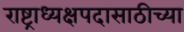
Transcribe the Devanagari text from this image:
राष्ट्राध्यक्षपदासाठीच्या